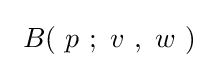
\ B\!\left(\ p\ ;\ v\ ,\ w\ \right)\